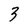
Character: 3